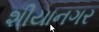
શીયાનગર